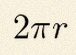
2\pi r